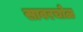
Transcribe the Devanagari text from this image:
सावरचोळ